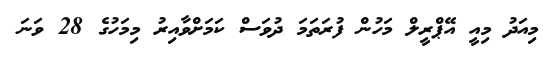
މިއަދު މިއީ އޭޕްރީލް މަހުން ފުރަތަމަ ދުވަސް ކަމަށްވާއިރު މިމަހުގެ 28 ވަނަ